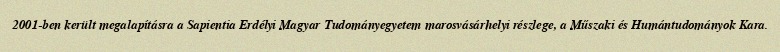
2001-ben került megalapításra a Sapientia Erdélyi Magyar Tudományegyetem marosvásárhelyi részlege, a Műszaki és Humántudományok Kara.